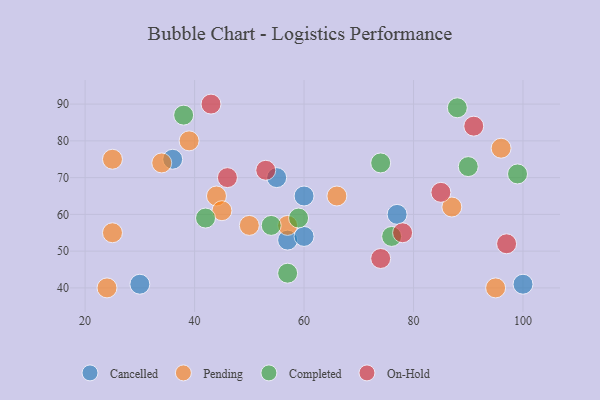
{"axis": {"x": "GDP", "y": "Life Expectancy"}, "legend": ["Cancelled", "Completed", "On-Hold", "Pending"], "data": [{"x": "57", "y": 53, "type": "Cancelled"}, {"x": "60", "y": 54, "type": "Cancelled"}, {"x": "100", "y": 41, "type": "Cancelled"}, {"x": "60", "y": 65, "type": "Cancelled"}, {"x": "55", "y": 70, "type": "Cancelled"}, {"x": "36", "y": 75, "type": "Cancelled"}, {"x": "30", "y": 41, "type": "Cancelled"}, {"x": "77", "y": 60, "type": "Cancelled"}, {"x": "34", "y": 74, "type": "Pending"}, {"x": "44", "y": 65, "type": "Pending"}, {"x": "96", "y": 78, "type": "Pending"}, {"x": "24", "y": 40, "type": "Pending"}, {"x": "45", "y": 61, "type": "Pending"}, {"x": "25", "y": 75, "type": "Pending"}, {"x": "57", "y": 57, "type": "Pending"}, {"x": "50", "y": 57, "type": "Pending"}, {"x": "87", "y": 62, "type": "Pending"}, {"x": "25", "y": 55, "type": "Pending"}, {"x": "66", "y": 65, "type": "Pending"}, {"x": "95", "y": 40, "type": "Pending"}, {"x": "39", "y": 80, "type": "Pending"}, {"x": "42", "y": 59, "type": "Completed"}, {"x": "59", "y": 59, "type": "Completed"}, {"x": "90", "y": 73, "type": "Completed"}, {"x": "57", "y": 44, "type": "Completed"}, {"x": "54", "y": 57, "type": "Completed"}, {"x": "74", "y": 74, "type": "Completed"}, {"x": "88", "y": 89, "type": "Completed"}, {"x": "76", "y": 54, "type": "Completed"}, {"x": "38", "y": 87, "type": "Completed"}, {"x": "99", "y": 71, "type": "Completed"}, {"x": "46", "y": 70, "type": "On-Hold"}, {"x": "74", "y": 48, "type": "On-Hold"}, {"x": "85", "y": 66, "type": "On-Hold"}, {"x": "43", "y": 90, "type": "On-Hold"}, {"x": "97", "y": 52, "type": "On-Hold"}, {"x": "91", "y": 84, "type": "On-Hold"}, {"x": "78", "y": 55, "type": "On-Hold"}, {"x": "53", "y": 72, "type": "On-Hold"}]}